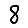
Digit: 8